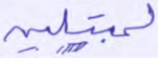
لمبتلين